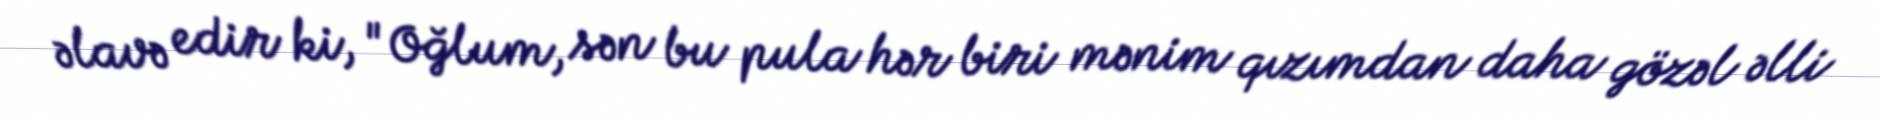
əlavə edir ki, "Oğlum, sən bu pula hər biri mənim qızımdan daha gözəl əlli